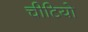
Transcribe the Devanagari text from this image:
चीटियो